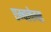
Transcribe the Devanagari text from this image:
एम्बलेम्स